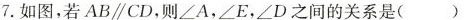
7.如图，若AB\parallel CD，则∠A，∠E，∠D之间的关系是( )